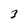
Character: 3